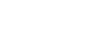
ရေးခဲ့ပြီး)။